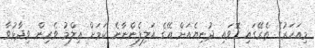
މިއަހަރުގެ ތެރޭގައި ގޮވައި ދުނިޔެއަށް އޭގެ އަލިފެންނާނެ ކަމަށް ޢިލްމު ވެރިން ވިދާޅުވާ